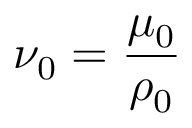
\nu _ { 0 } = { \frac { \mu _ { 0 } } { \rho _ { 0 } } }